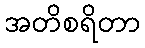
အတိစရိတာ